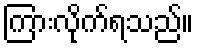
ကြားလိုက်ရသည်။